65_HS1-834228961_62-HQ-83894_Serial_220
Agency: FBI
Page 13
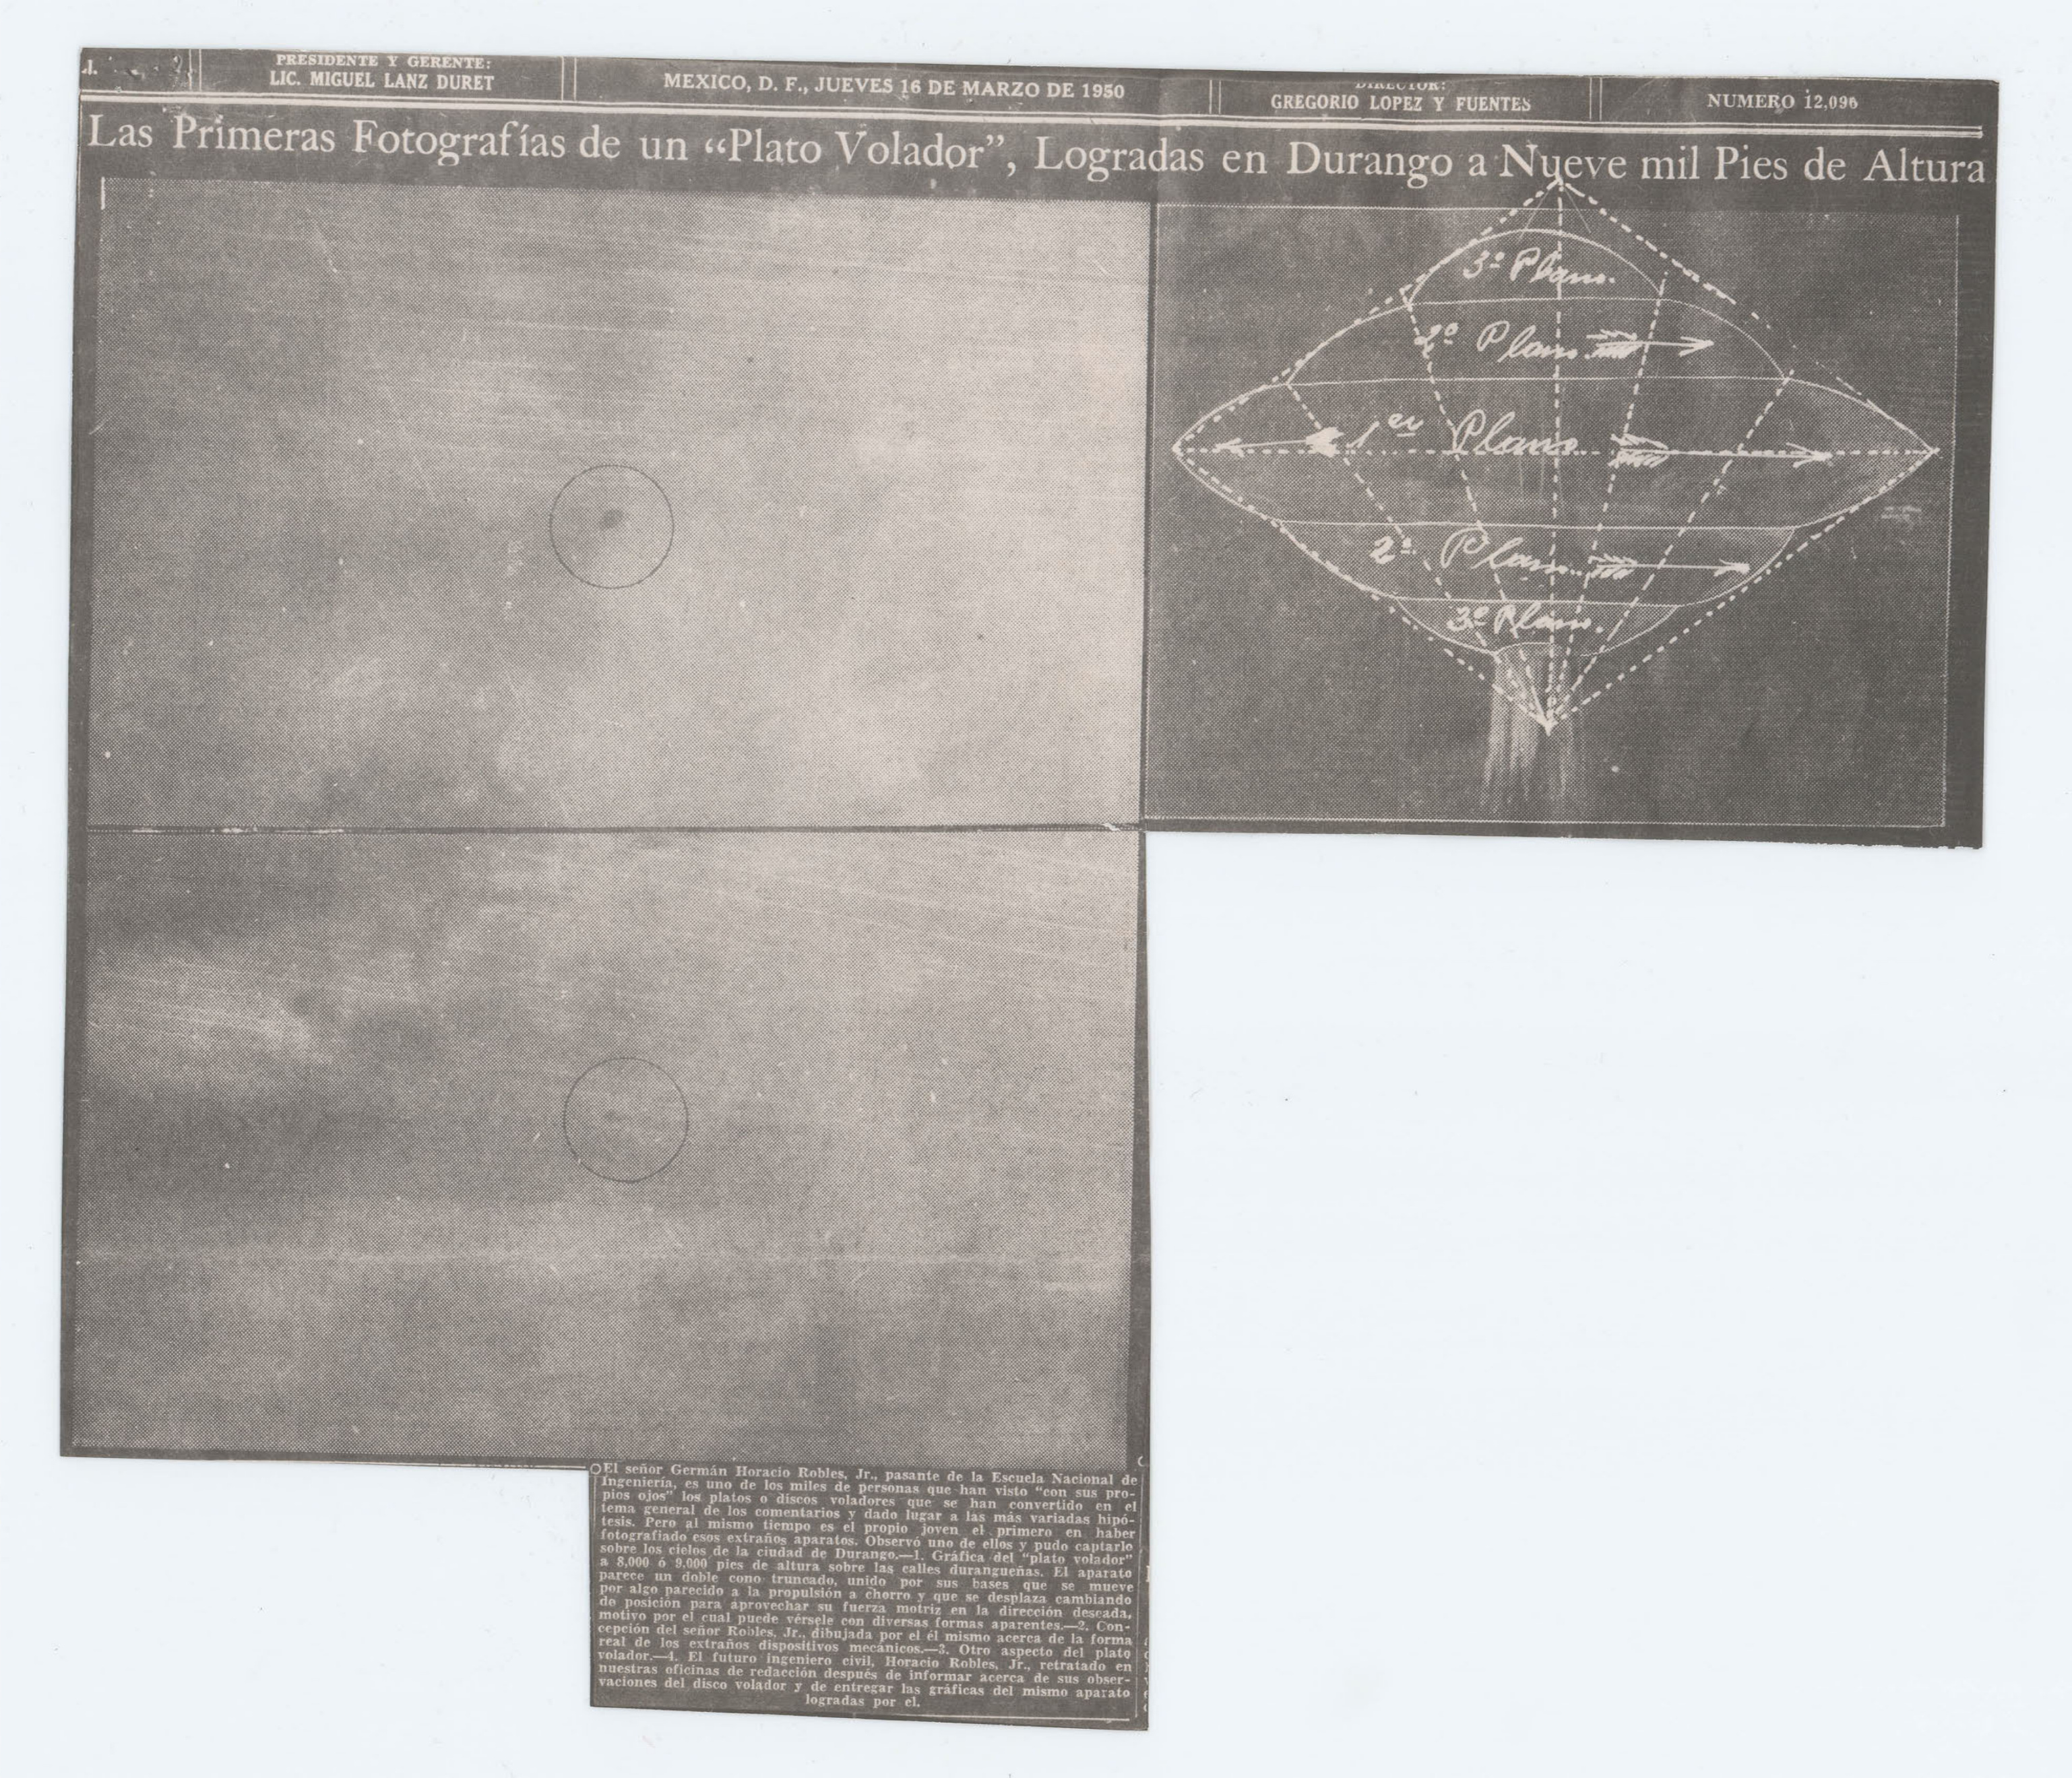